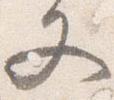
又